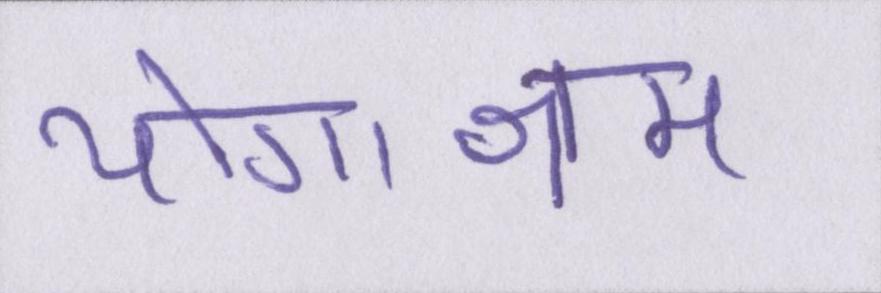
योगाश्रम